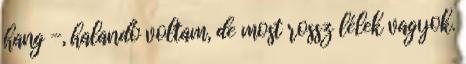
hang -, halandó voltam, de most rossz lélek vagyok.